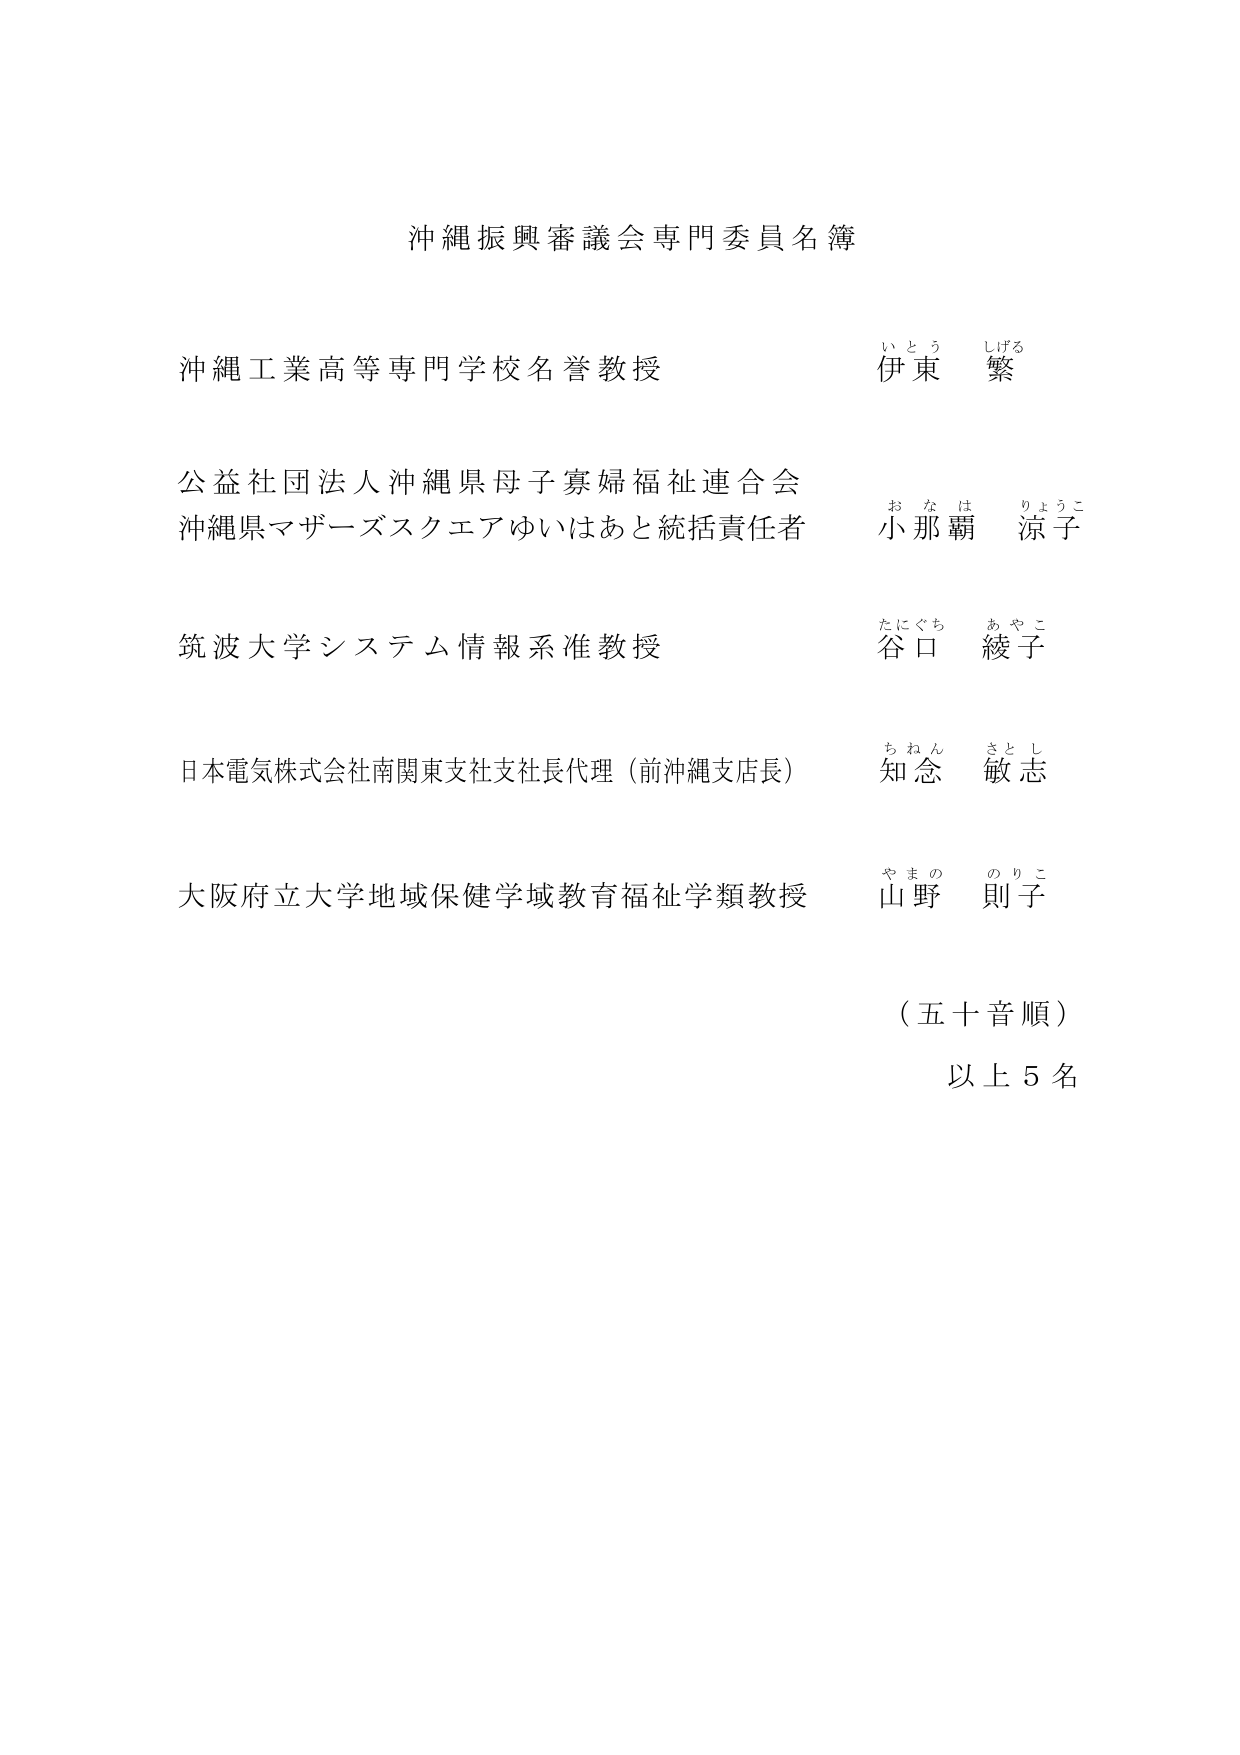
沖縄振興審議会専門委員名簿

沖縄工業高等専門学校名誉教授 伊東 繁
いとう しげる

公益社団法人沖縄県母子寡婦福祉連合会
沖縄県マザーズスクエアゆいはあと統括責任者 小那覇 涼子
おなは りょうこ

筑波大学システム情報系准教授 谷口 綾子
たにぐち あやこ

日本電気株式会社南関東支社支社長代理（前沖縄支店長） 知念 敏志
ちねん さとし

大阪府立大学地域保健学域教育福祉学類教授 山野 則子
やまの のりこ

（五十音順）
以上５名